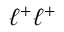
\ell ^ { + } \ell ^ { + }